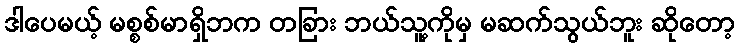
ဒါပေမယ့် မစ္စစ်မာရှိဘက တခြား ဘယ်သူ့ကိုမှ မဆက်သွယ်ဘူး ဆိုတော့